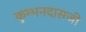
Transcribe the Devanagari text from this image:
कुम्भनदासजी